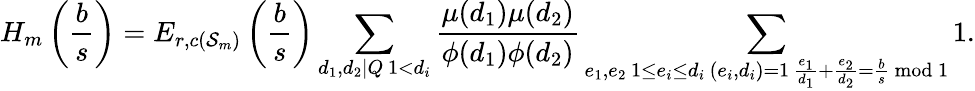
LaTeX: H_{m}\left(\frac bs\right)=E_{r,c(\mathcal S_{m})}\left(\frac bs\right)\sum_{\substack{d_{1},d_{2}|Q\, 1<d_{i}}}\frac{\mu(d_{1})\mu(d_{2})}{\phi(d_{1})\phi(d_{2})}\sum_{\substack{e_{1},e_{2}\, 1\le e_{i}\le d_{i}\, (e_{i},d_{i})=1\, \frac{e_{1}}{d_{1}}+\frac{e_{2}}{d_{2}}=\frac bs\bmod 1}}1.